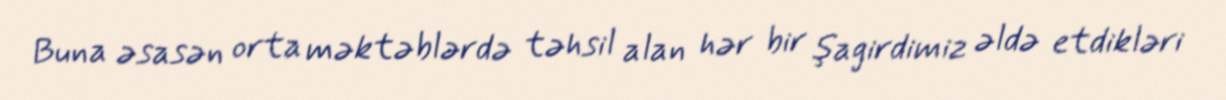
Buna əsasən orta məktəblərdə təhsil alan hər bir şagirdimiz əldə etdikləri